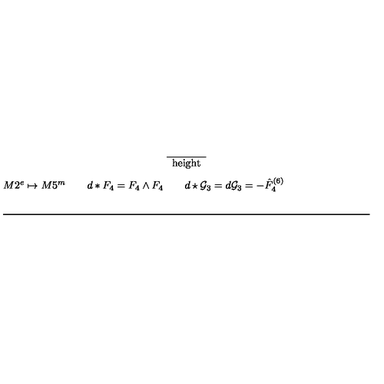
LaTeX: \begin{array} { c c c } \hline { \hline } & { } & { } \\ { M 2 ^ { e } \mapsto M 5 ^ { m } } & { \qquad d * F _ { 4 } = F _ { 4 } \wedge F _ { 4 } } & { \qquad d \star { \cal G } _ { 3 } = d { \cal G } _ { 3 } = - \hat { F } _ { 4 } ^ { ( 6 ) } } \\ { } & { } & { } \\ \hline { \hline } \\ \end{array}